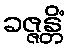
ခဇ္ဇန္တိံ